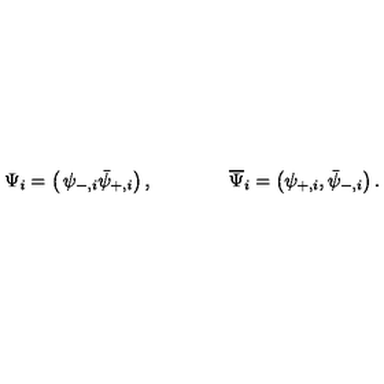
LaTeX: \Psi _ { i } = \left( \begin{matrix} { \psi _ { - , i } } \\ { \bar { \psi } _ { + , i } } \\ \end{matrix} \right) , \qquad \qquad \overline { { \Psi } } _ { i } = \left( \psi _ { + , i } , \bar { \psi } _ { - , i } \right) .